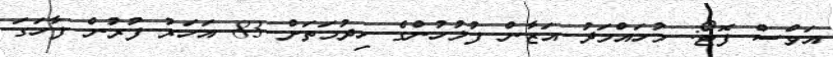
އަވްސް ފޮޓޯ: މުހައްމަދު އަޒާން ފުލުހުންގެ ހިދުމަތަށް 83 އަހަރު ފުރުން ފާހަގަ